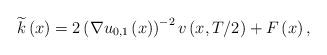
LaTeX: \begin{align*}\widetilde{k}\left( x\right) =2\left( \nabla u_{0,1}\left( x\right) \right)^{-2}v\left( x,T/2\right) +F\left( x\right) , \end{align*}